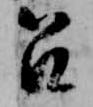
召